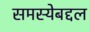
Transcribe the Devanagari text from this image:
समस्येबद्दल